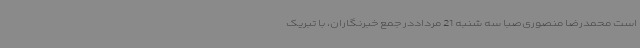
است محمدرضا منصوری‌صبا سه شنبه 21 مرداددر جمع خبرنگاران، با تبریک